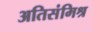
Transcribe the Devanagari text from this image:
अतिसंमिश्र